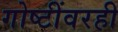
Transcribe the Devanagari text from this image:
गोष्टींवरही